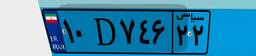
۳۸D۰۰۳۲۲